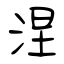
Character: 涅